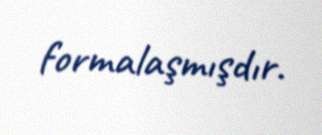
formalaşmışdır.